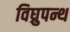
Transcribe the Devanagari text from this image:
विघ्रुपन्थ